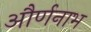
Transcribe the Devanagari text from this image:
और्णनाभ